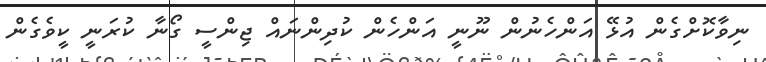
ނިވާކޮށްގެން އުޅޭ އަންހެނުން ނޫނީ އަންހެން ކުދިންނައް ޖިންސީ ގޯނާ ކުރަނީ ކީވެގެން